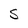
Character: S